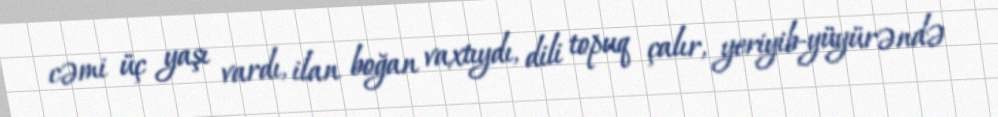
cəmi üç yaşı vardı, ilan boğan vaxtıydı, dili topuq çalır, yeriyib-yüyürəndə